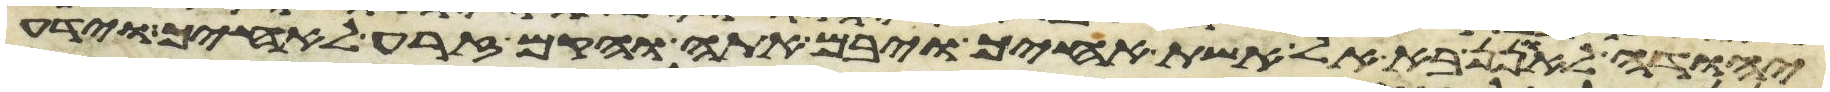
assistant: יהודה לאונן בא אל אשת אחיך ויבם אתה והקם זרע לאחיך וידע